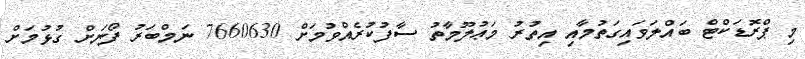
މި ޕްރޮޑަކްޓް ބައްލަވައިގަތުމާއި އިތުރު މަޢުލޫމާތު ސާފުކުރެއްވުމަށް 7660630 ނަމްބަރު ފޯނަށް ގުޅުމަށް